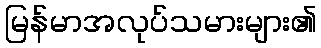
မြန်မာအလုပ်သမားများ၏